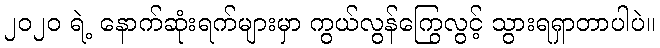
၂၀၂၀ ရဲ့ နောက်ဆုံးရက်များမှာ ကွယ်လွန်ကြွေလွင့် သွားရရှာတာပါပဲ။